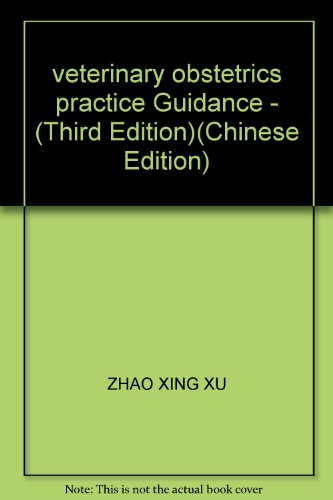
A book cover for veterinary obstetrics practice Guidance - (Third Edition); ZHAO XING XU; Medical Books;